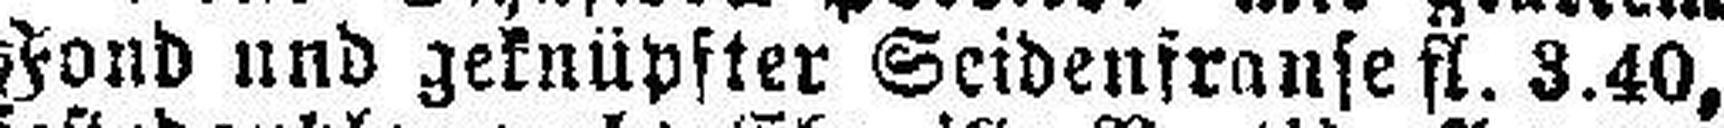
Fond und geknüpfter Seidenfranse fl. 3.40,